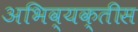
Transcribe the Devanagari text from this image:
अभिव्यक्तीस